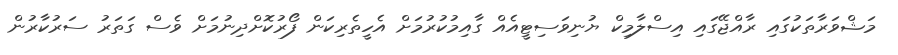
މަޝްވަރާތަކުގައި ރާއްޖޭގައި އިސްލާމިކް ޔުނިވަސިޓީއެއް ގާއިމުކުރުމަށް އެހީތެރިކަން ފޯރުކޮށްދިނުމަށް ވެސް ގަތަރު ސަރުކާރުން